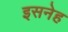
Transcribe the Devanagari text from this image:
इसनेह